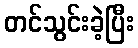
တင်သွင်းခဲ့ပြီး